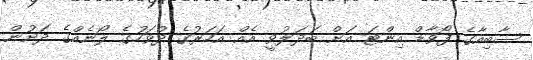
ސާބިއާގެ ފޯވާޑް އިންޓަ އަށް ބަދަލުވީ އެއް އަހަރުގެ ދުވަހުގެ ލޯނެއްގެ ދަށުން